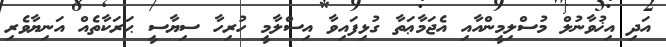
އަދި އިޚުވާނުލް މުސްލިމީންއާއި އެޖަމާޢަތާ ގުޅިފައިވާ އިސްލާމީ ހުރިހާ ސިޔާސީ ޙަރަކާތެއް އަނިޔާވެރި